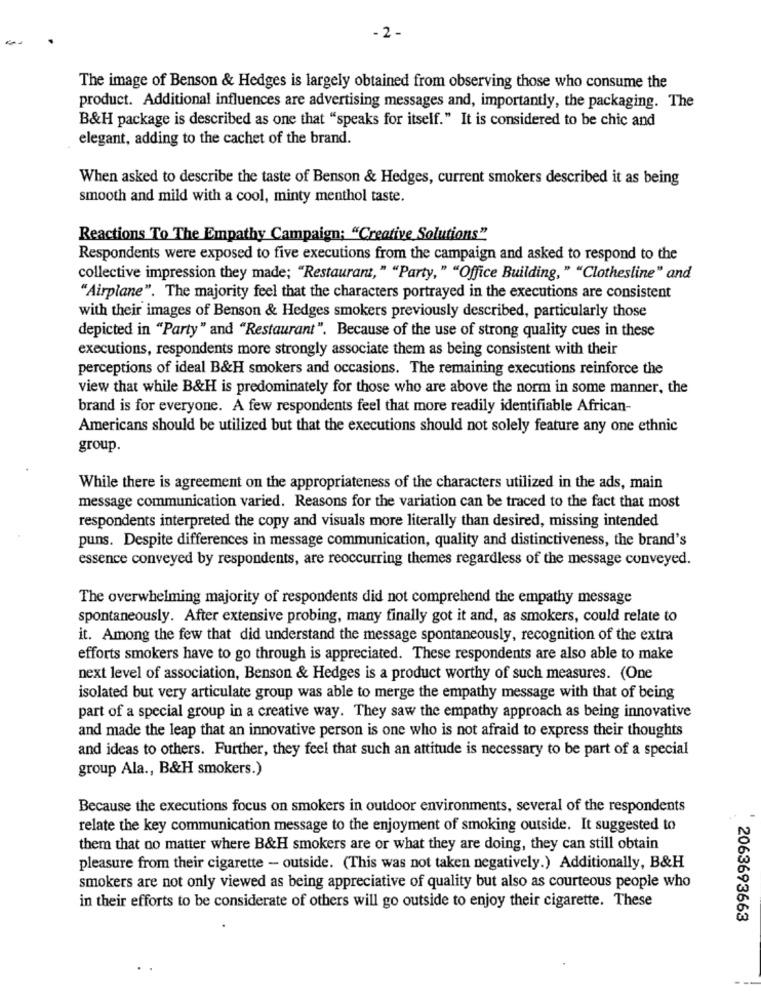
- 2 -
The image of Benson & Hedges is largely obtained from observing those who consume the
product. Additional influences are advertising messages and, importantly, the packaging. The
B&H package is described as one that "speaks for itself." It is considered to be chic and
elegant, adding to the cachet of the brand.
When asked to describe the taste of Benson & Hedges, current smokers described it as being
smooth and mild with a cool, minty menthol taste.
Reactions To The Empathy Campaign: "Creative Solutions"
Respondents were exposed to five executions from the campaign and asked to respond to the
collective impression they made; "Restaurant, " "Party, " "Office Building, " "Clothesline" and
"Airplane". The majority feel that the characters portrayed in the executions are consistent
with their images of Benson & Hedges smokers previously described, particularly those
depicted in "Party" and "Restaurant". Because of the use of strong quality cues in these
executions, respondents more strongly associate them as being consistent with their
perceptions of ideal B&H smokers and occasions. The remaining executions reinforce the
view that while B&H is predominately for those who are above the norm in some manner, the
brand is for everyone. A few respondents feel that more readily identifiable African-
Americans should be utilized but that the executions should not solely feature any one ethnic
group.
While there is agreement on the appropriateness of the characters utilized in the ads, main
message communication varied. Reasons for the variation can be traced to the fact that most
respondents interpreted the copy and visuals more literally than desired, missing intended
puns. Despite differences in message communication, quality and distinctiveness, the brand's
essence conveyed by respondents, are reoccurring themes regardless of the message conveyed.
The overwhelming majority of respondents did not comprehend the empathy message
spontaneously. After extensive probing, many finally got it and, as smokers, could relate to
it. Among the few that did understand the message spontaneously, recognition of the extra
efforts smokers have to go through is appreciated. These respondents are also able to make
next level of association, Benson & Hedges is a product worthy of such measures. (One
isolated but very articulate group was able to merge the empathy message with that of being
part of a special group in a creative way. They saw the empathy approach as being innovative
and made the leap that an innovative person is one who is not afraid to express their thoughts
and ideas to others. Further, they feel that such an attitude is necessary to be part of a special
group Ala ., B&H smokers.)
Because the executions focus on smokers in outdoor environments, several of the respondents
relate the key communication message to the enjoyment of smoking outside. It suggested to
them that no matter where B&H smokers are or what they are doing, they can still obtain
pleasure from their cigarette - outside. (This was not taken negatively.) Additionally, B&H
smokers are not only viewed as being appreciative of quality but also as courteous people who
in their efforts to be considerate of others will go outside to enjoy their cigarette. These
2063693663